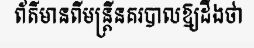
ព័ត៌មានពីមន្ត្រីនគរបាលឱ្យដឹងថា